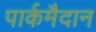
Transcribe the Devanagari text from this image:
पार्कमैदान